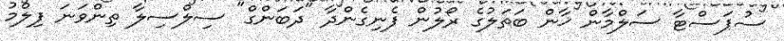
ސުޕަސްޓާ ސަލްމާން ޚާން ބަތަލުގެ ރޯލުން ފެނިގެންދާ "ދަބަންގް" ސިލްސިލާ ތިންވަނަ ފިލްމު